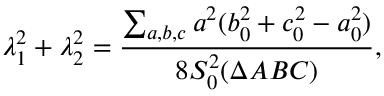
\lambda _ { 1 } ^ { 2 } + \lambda _ { 2 } ^ { 2 } = \frac { \sum _ { a , b , c } a ^ { 2 } ( b _ { 0 } ^ { 2 } + c _ { 0 } ^ { 2 } - a _ { 0 } ^ { 2 } ) } { 8 S _ { 0 } ^ { 2 } ( \Delta A B C ) } ,